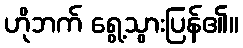
ဟိုဘက် ရွေ့သွားပြန်၏။